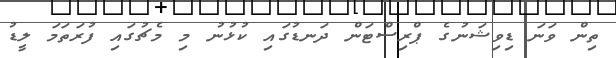
ތިން ވަަަނަ ޑިވިޝަނުގެ ޕްރިސްޓަން ދަނޑުގައި ކުޅުނު މި މެޗުގައި ފުރަތަމަ ލީޑު